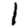
Digit: 1